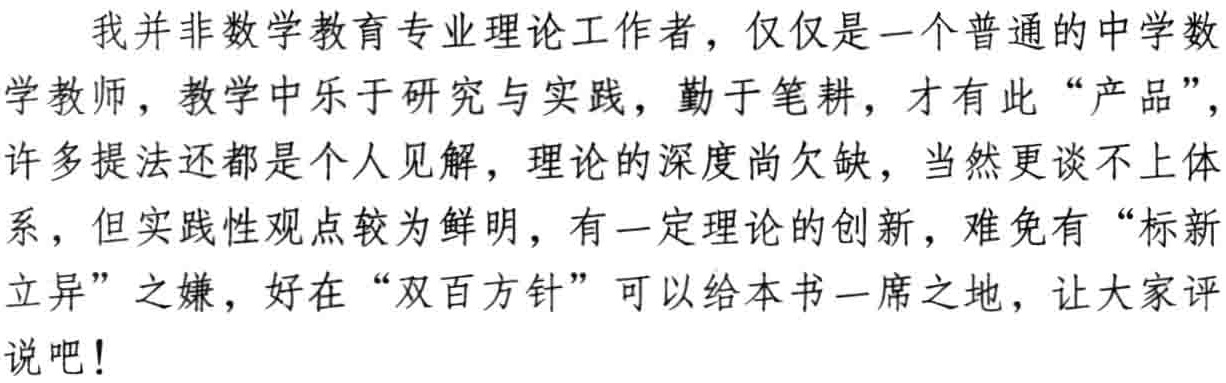
我并非数学教育专业理论工作者，仅仅是一个普通的中学数学教师，教学中乐于研究与实践，勤于笔耕，才有此“产品”，许多提法还都是个人见解，理论的深度尚欠缺，当然更谈不上体系，但实践性观点较为鲜明，有一定理论的创新，难免有“标新立异”之嫌，好在“双百方针”可以给本书一席之地，让大家评说吧！